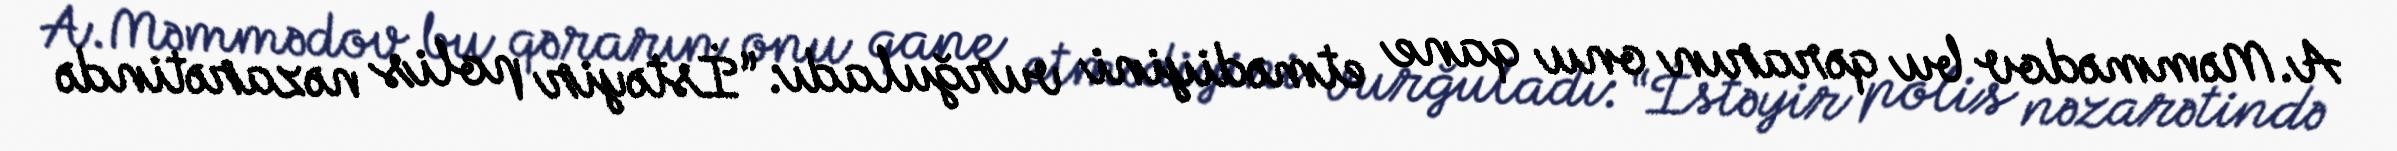
A.Məmmədov bu qərarın onu qane etmədiyini vurğuladı: “İstəyir polis nəzarətində